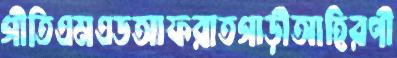
গীতিএমএডআফরাতগাড়ীআহিরণী